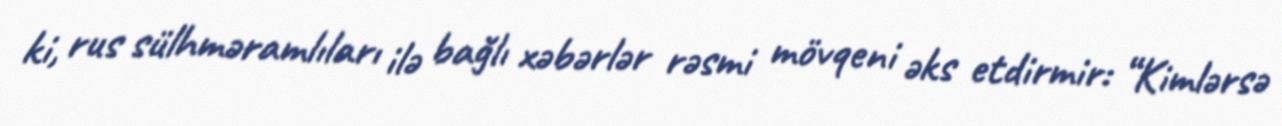
ki, rus sülhməramlıları ilə bağlı xəbərlər rəsmi mövqeni əks etdirmir: “Kimlərsə